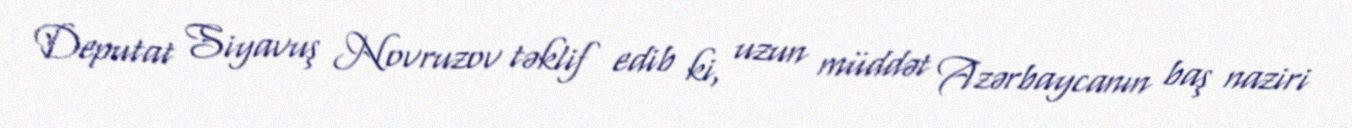
Deputat Siyavuş Novruzov təklif edib ki, uzun müddət Azərbaycanın baş naziri